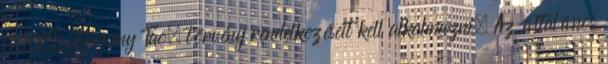
LXXXI. törvény Tao. törvény rendelkezéseit kell alkalmazni. Az általános